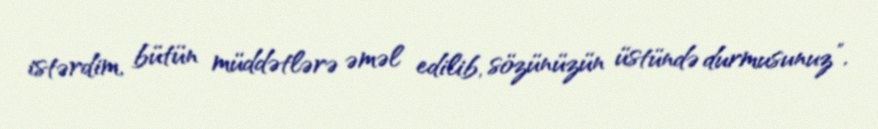
istərdim, bütün müddətlərə əməl edilib, sözünüzün üstündə durmusunuz”.